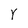
Character: Y